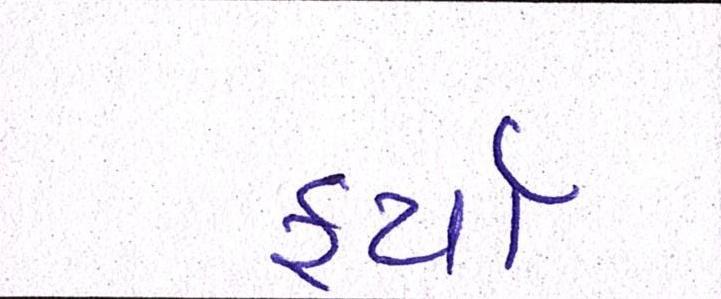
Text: ફર્યા